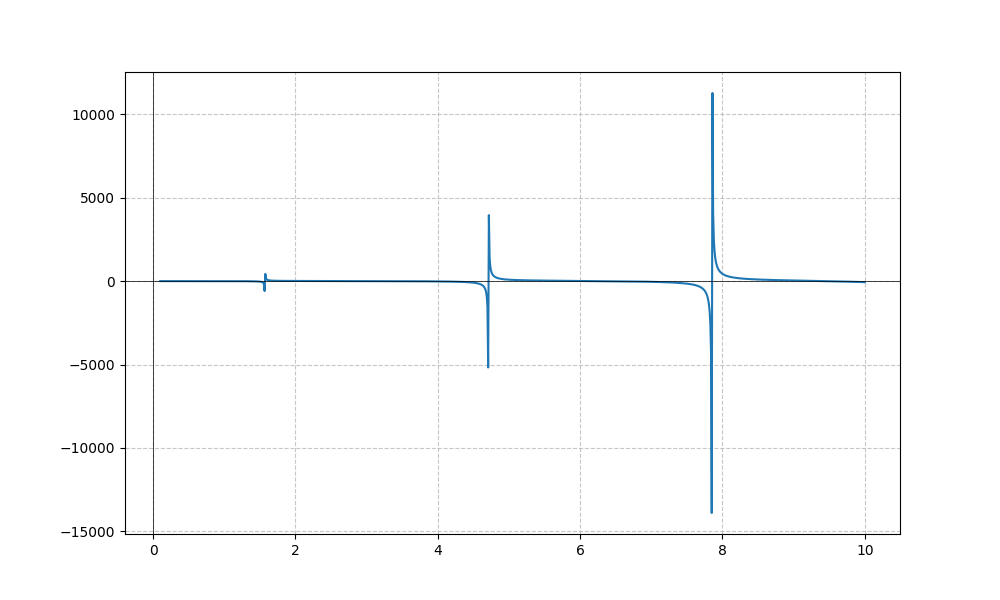
LaTeX formula: - x^{2} \tan{\left(x \right)}